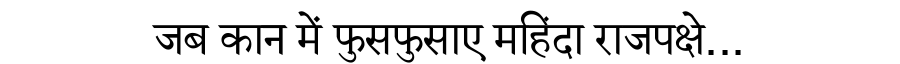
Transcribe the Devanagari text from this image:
जब कान में फुसफुसाए महिंदा राजपक्षे...